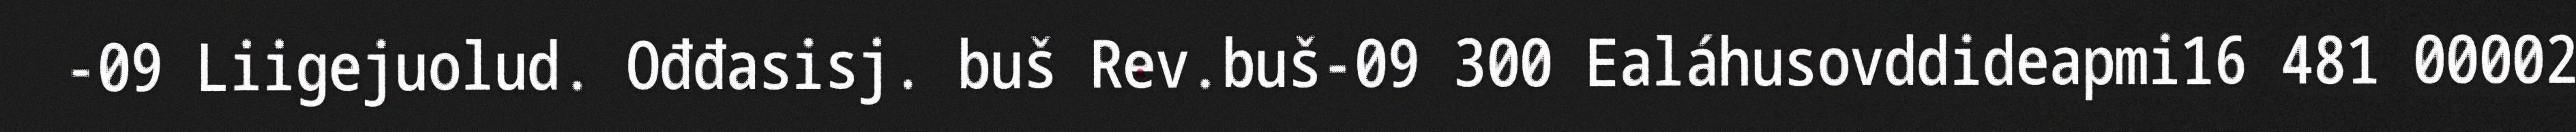
-09 Liigejuolud. Ođđasisj. buš Rev.buš-09 300 Ealáhusovddideapmi16 481 00002